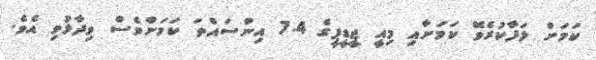
ކަމަށް ލަފާކުރެވޭ ކަަމަށާއި މިއީ ޖީޑީޕީގެ 7.4 އިންސައްތަ ކަަމަށްވެސް ވިދާޅުވި އެވެ.